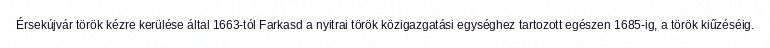
Érsekújvár török kézre kerülése által 1663-tól Farkasd a nyitrai török közigazgatási egységhez tartozott egészen 1685-ig, a török kiűzéséig.